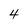
Character: 4